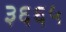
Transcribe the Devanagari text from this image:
३६६५